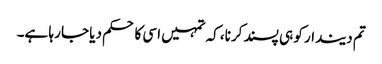
تم دیندار کو ہی پسند کرنا، کہ تمہیں اسی کا حکم دیا جا رہا ہے۔